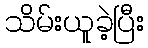
သိမ်းယူခဲ့ပြီး